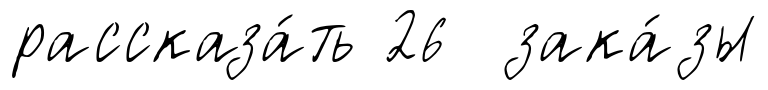
рассказа́ть 26 зака́зы